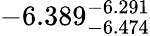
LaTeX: -6.389_{-6.474}^{-6.291}